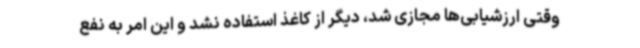
وقتی ارزشیابی‌ها مجازی شد، دیگر از کاغذ استفاده نشد و این امر به نفع